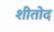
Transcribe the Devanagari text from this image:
शीतोद